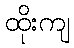
ထိုးကျ